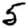
Digit: 5